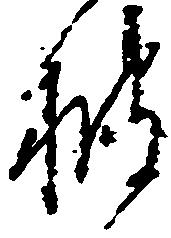
披